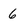
Character: 6